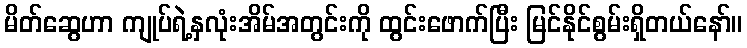
မိတ်ဆွေဟာ ကျုပ်ရဲ့နှလုံးအိမ်အတွင်းကို ထွင်းဖောက်ပြီး မြင်နိုင်စွမ်းရှိတယ်နော်။